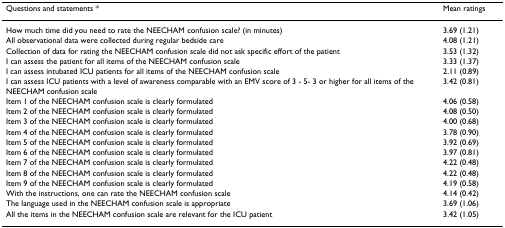
<table><thead><tr><td><b>Questions and statements *</b></td><td><b>Mean ratings</b></td></tr></thead><tbody><tr><td>How much time did you need to rate the NEECHAM confusion scale? (in minutes)</td><td>3.69 (1.21)</td></tr><tr><td>All observational data were collected during regular bedside care</td><td>4.08 (1.21)</td></tr><tr><td>Collection of data for rating the NEECHAM confusion scale did not ask specific effort of the patient</td><td>3.53 (1.32)</td></tr><tr><td>I can assess the patient for all items of the NEECHAM confusion scale</td><td>3.33 (1.37)</td></tr><tr><td>I can assess intubated ICU patients for all items of the NEECHAM confusion scale</td><td>2.11 (0.89)</td></tr><tr><td>I can assess ICU patients with a level of awareness comparable with an EMV score of 3 - 5- 3 or higher for all items of the NEECHAM confusion scale</td><td>3.42 (0.81)</td></tr><tr><td>Item 1 of the NEECHAM confusion scale is clearly formulated</td><td>4.06 (0.58)</td></tr><tr><td>Item 2 of the NEECHAM confusion scale is clearly formulated</td><td>4.08 (0.50)</td></tr><tr><td>Item 3 of the NEECHAM confusion scale is clearly formulated</td><td>4.00 (0.68)</td></tr><tr><td>Item 4 of the NEECHAM confusion scale is clearly formulated</td><td>3.78 (0.90)</td></tr><tr><td>Item 5 of the NEECHAM confusion scale is clearly formulated</td><td>3.92 (0.69)</td></tr><tr><td>Item 6 of the NEECHAM confusion scale is clearly formulated</td><td>3.97 (0.81)</td></tr><tr><td>Item 7 of the NEECHAM confusion scale is clearly formulated</td><td>4.22 (0.48)</td></tr><tr><td>Item 8 of the NEECHAM confusion scale is clearly formulated</td><td>4.22 (0.48)</td></tr><tr><td>Item 9 of the NEECHAM confusion scale is clearly formulated</td><td>4.19 (0.58)</td></tr><tr><td>With the instructions, one can rate the NEECHAM confusion scale</td><td>4.14 (0.42)</td></tr><tr><td>The language used in the NEECHAM confusion scale is appropriate</td><td>3.69 (1.06)</td></tr><tr><td>All the items in the NEECHAM confusion scale are relevant for the ICU patient</td><td>3.42 (1.05)</td></tr></tbody></table>